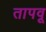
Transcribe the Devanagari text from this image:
तापवू